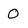
Character: O